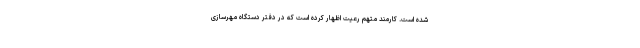
شده است. کارمند متهم رعیت اظهار کرده است که در دفتر دستگاه مهرسازی